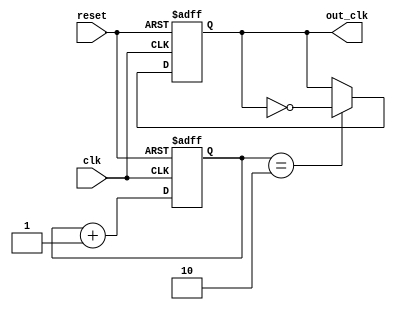
module Johnson_Counter_Clock_Divider(
  input clk,
  input reset,
  output reg out_clk
);

reg [3:0] counter;

always @(posedge clk or posedge reset) begin
  if (reset) begin
    counter <= 4'b0000;
    out_clk <= 1'b0;
  end else begin
    counter <= counter + 1;
    if (counter == 4'b0010) begin
      out_clk <= ~out_clk;
    end
  end
end

endmodule